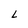
Character: L